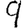
Digit: 9